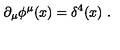
\partial _ { \mu } \phi ^ { \mu } ( x ) = \delta ^ { 4 } ( x ) \ .